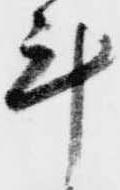
計